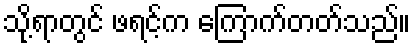
သို့ရာတွင် ဖရင့်က ကြောက်တတ်သည်။